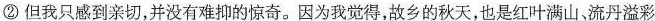
②但我只感到亲切，并没有难抑的惊奇。因为我觉得，\underline{故乡的秋天，也是红叶满山，流丹溢彩}